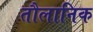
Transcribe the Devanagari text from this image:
तौलानिक